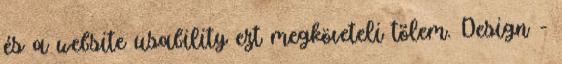
és a website usability ezt megköveteli tõlem. Design -